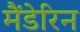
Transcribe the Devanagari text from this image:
मैंडेरिन